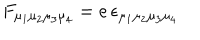
F _ { \mu _ { 1 } \mu _ { 2 } \mu _ { 3 } \mu _ { 4 } } = e \, \epsilon _ { \mu _ { 1 } \mu _ { 2 } \mu _ { 3 } \mu _ { 4 } }